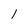
Character: 1